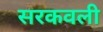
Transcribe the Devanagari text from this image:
सरकवली